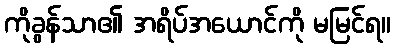
ကိုခွန်သာ၏ အရိပ်အယောင်ကို မမြင်ရ။